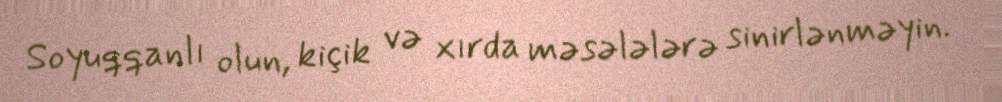
Soyuqqanlı olun, kiçik və xırda məsələlərə sinirlənməyin.